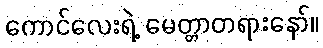
ကောင်လေးရဲ့ မေတ္တာတရားနော်။